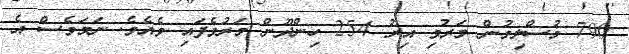
790 މުސްލިމުން މަރުވި އިރު 254 ހިންދޫން މަރުވެފައި ވެއެވެ. ނަމަވެސް އެ